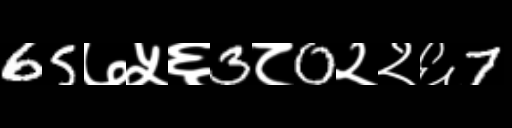
Text: 65७५६3८0२२६7